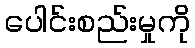
ပေါင်းစည်းမှုကို